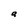
Character: a